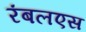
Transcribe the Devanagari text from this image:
रंबलएस